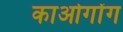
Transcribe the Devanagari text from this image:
काओगोंग